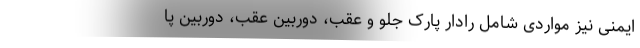
ایمنی نیز مواردی شامل رادار پارک جلو و عقب، دوربین عقب، دوربین پا